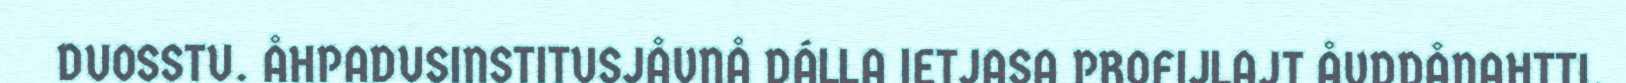
DUOSSTU. ÅHPADUSINSTITUSJÅVNÅ DÁLLA IETJASA PROFIJLAJT ÅVDDÅNAHTTI,